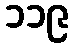
၁၁၉